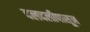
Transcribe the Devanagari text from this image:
दलदलीपासून